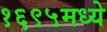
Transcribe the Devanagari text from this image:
१६९५मध्ये